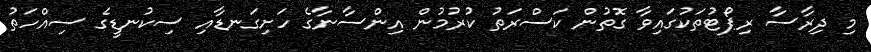
މި ދިރާސާ ރިޕޯޓުތަކުގައިވާ ގޮތުން ކަސްރަތު ކުރުމުން އިންސާނާގެ ހަށިގަނޑާއި ސިކުނޑީގެ ސިއްހަތު